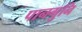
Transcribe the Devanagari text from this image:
पानगुनि